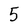
Character: 5